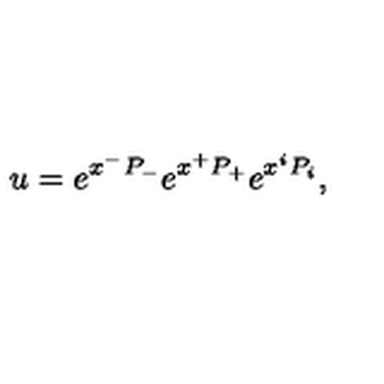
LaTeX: u = e ^ { x ^ { - } P _ { - } } e ^ { x ^ { + } P _ { + } } e ^ { x ^ { i } P _ { i } } ,